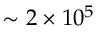
\sim 2 \times 1 0 ^ { 5 }